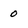
Character: 0